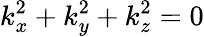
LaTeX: k_{x}^{2}+k_{y}^{2}+k_{z}^{2}=0